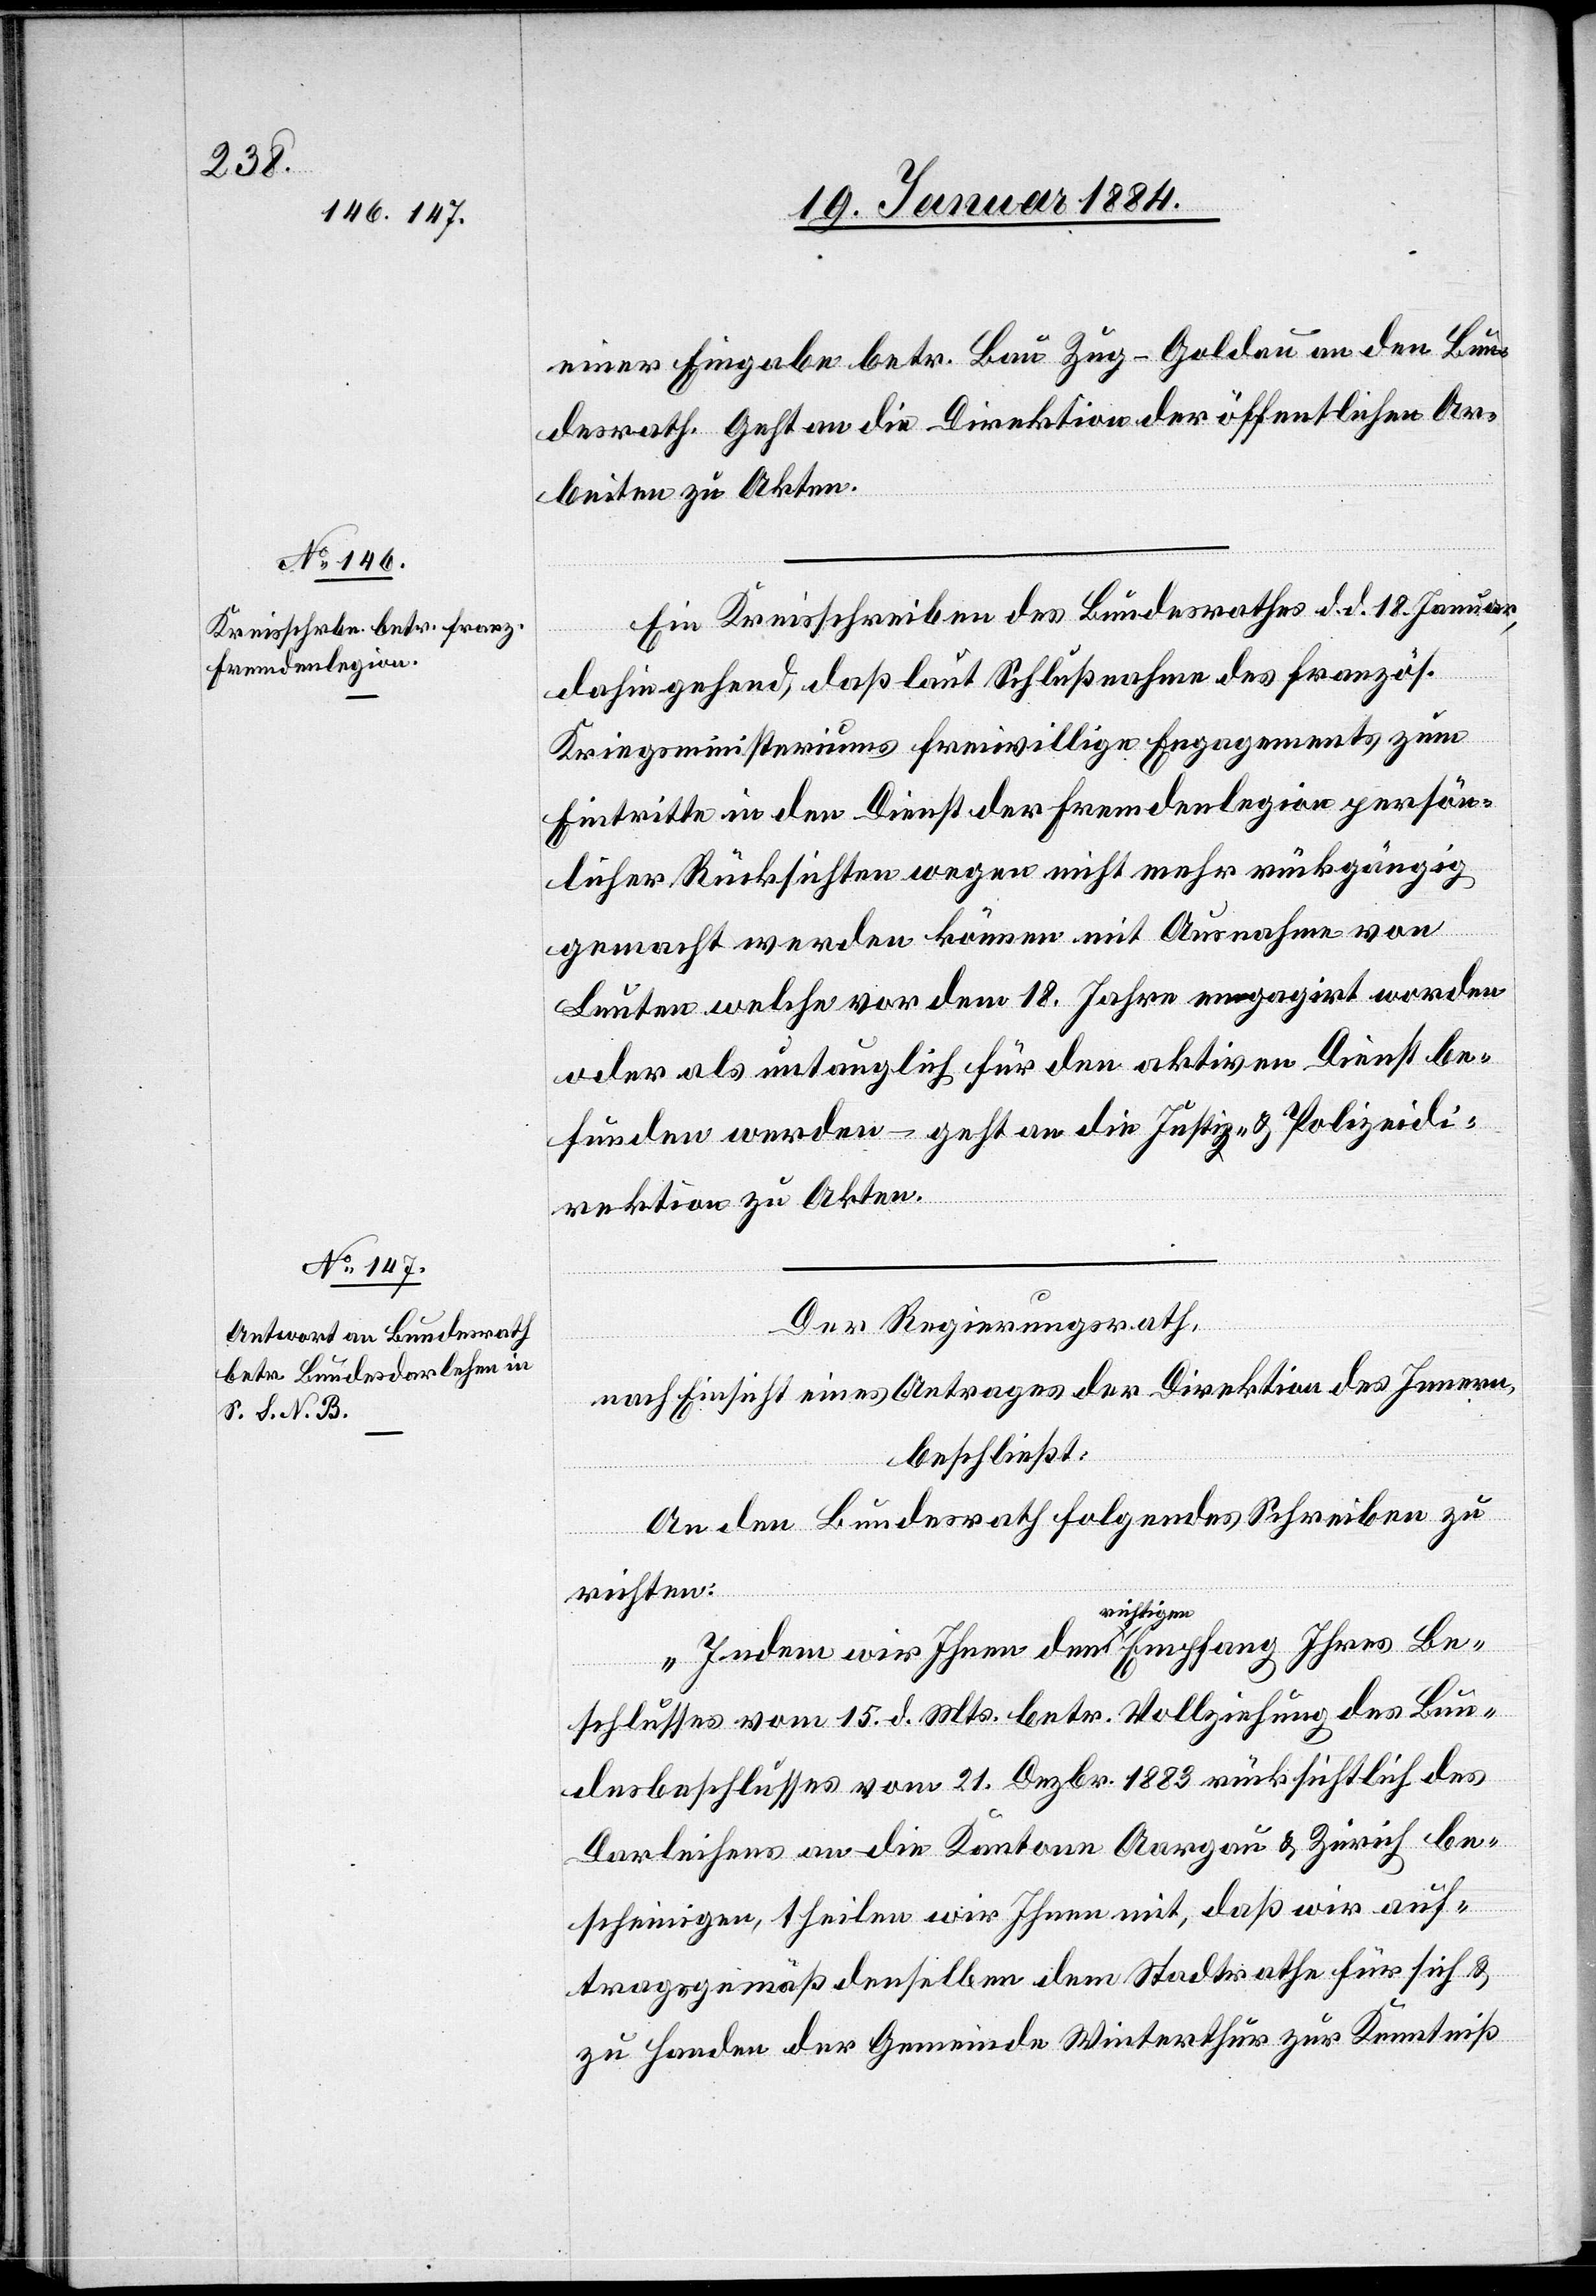
21. Januar 1884.]
einer Eingabe betr. Bau Zug–Goldau an den Bun¬
desrath. Geht an die Direktion der öffentlichen Ar¬
beiten zu Akten.
Ein Kreisschreiben des Bundesrathes d. d. 18. Januar,
dahingehend, daß laut Schlußnahme des französ.
Kriegsministeriums freiwillige Engagements zum
Eintritte in den Dienst der Fremdenlegion persön¬
licher Rücksichten wegen nicht mehr rückgängig
gemacht werden können mit Ausnahme von
Leuten welche vor dem 18. Jahre engagirt worden
oder als untauglich für den aktiven Dienst be¬
funden werden – geht an die Justiz- & Polizeidi¬
rektion zu Akten.
Der Regierungsrath,
nach Einsicht eines Antrages der Direktion des Innern,
beschließt:
An den Bundesrath folgendes Schreiben zu
richten:
richtigen
schlusses vom 15. d. Mts. betr. Vollziehung des Bun¬
desbeschlusses vom 21. Dezbr. 1883 rücksichtlich des
Darleihens an die Kantone Aargau & Zürich be¬
Be¬
scheinigen, theilen wir Ihnen mit, daß wir auf¬
tragsgemäß denselben dem Stadtrathe für sich &
zu Handen der Gemeinde Winterthur zur Kenntniß